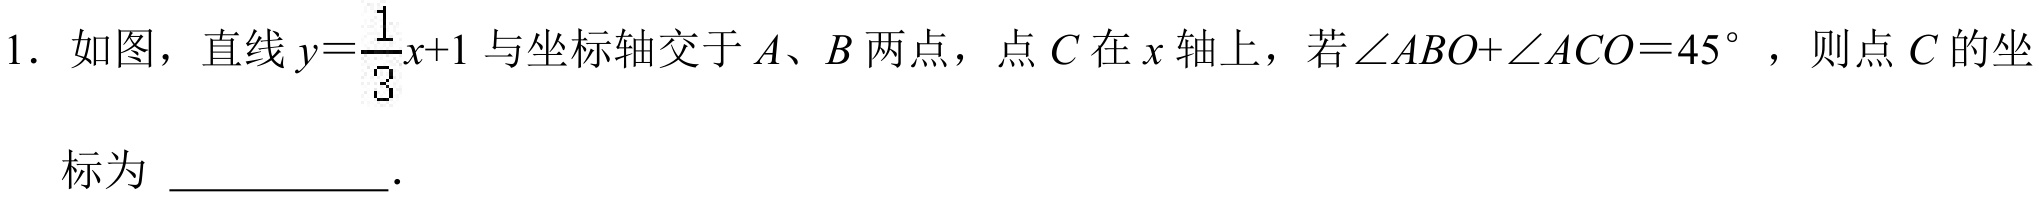
1. 如图，直线\(y=\frac{1}{3}x + 1\)与坐标轴交于\(A\)、\(B\)两点，点\(C\)在\(x\)轴上，若\(\angle ABO+\angle ACO = 45^{\circ}\)，则点\(C\)的坐标为 \_\_\_\_\_\_\_．